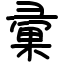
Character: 彚